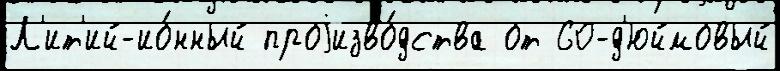
Л'ит'ий-ио́нный проjизво́дства от 60-д'юймовый